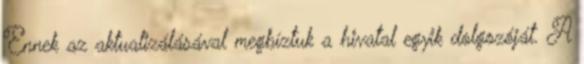
Ennek az aktualizálásával megbíztuk a hivatal egyik dolgozóját. A